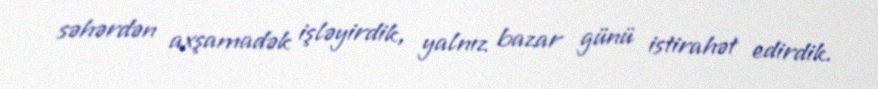
səhərdən axşamadək işləyirdik, yalnız bazar günü istirahət edirdik.